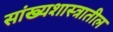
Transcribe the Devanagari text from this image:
सांख्यशास्त्रातील